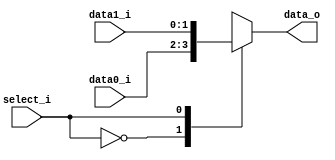
// 0716018
//Subject:     CO project 2 - MUX 221
//--------------------------------------------------------------------------------
//Version:     1
//--------------------------------------------------------------------------------
//Writer:      Luke
//----------------------------------------------
//Date:        
//----------------------------------------------
//Description: 
//--------------------------------------------------------------------------------
     
module MUX_2to1(
               data0_i,
               data1_i,
               select_i,
               data_o
               );

parameter size = 0;			   
			
//I/O ports               
input   [size-1:0] data0_i;          
input   [size-1:0] data1_i;
input              select_i;
output  [size-1:0] data_o; 

//Internal Signals
reg     [size-1:0] data_o;

//Main function

always@(*)
begin
    case (select_i)
        0: data_o = data0_i;
        1: data_o = data1_i;
        default: data_o = 0;
    endcase
end

endmodule